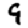
Digit: 9